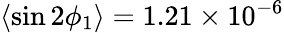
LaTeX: \langle\sin 2\phi_{1}\rangle=1.21\times 10^{-6}